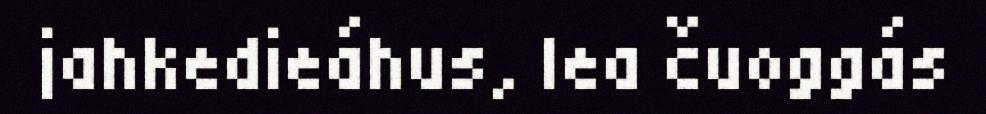
jahkedieáhus, lea čuoggás